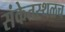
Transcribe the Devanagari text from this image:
संकेतस्थळच